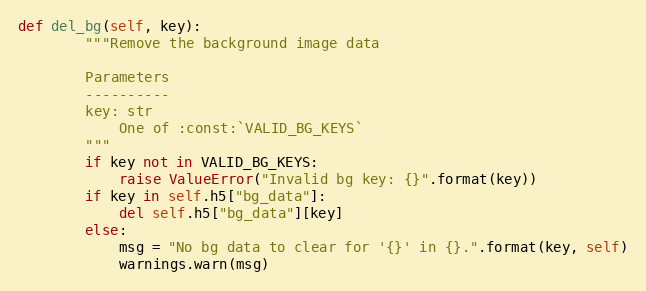
Language: Python
def del_bg(self, key):
        """Remove the background image data

        Parameters
        ----------
        key: str
            One of :const:`VALID_BG_KEYS`
        """
        if key not in VALID_BG_KEYS:
            raise ValueError("Invalid bg key: {}".format(key))
        if key in self.h5["bg_data"]:
            del self.h5["bg_data"][key]
        else:
            msg = "No bg data to clear for '{}' in {}.".format(key, self)
            warnings.warn(msg)